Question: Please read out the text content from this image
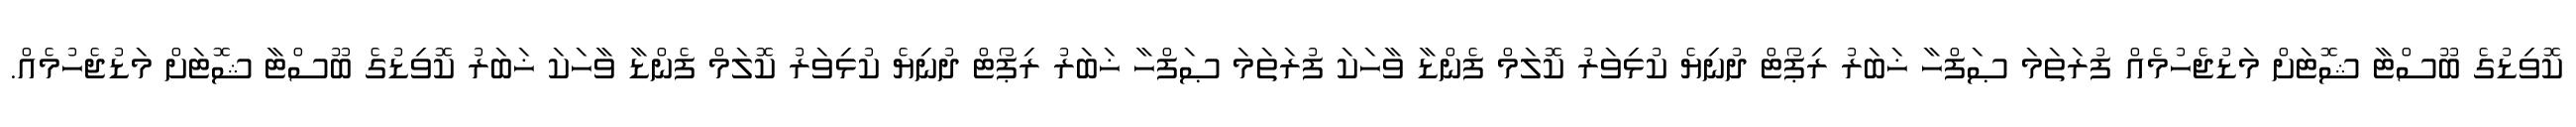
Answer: ކޮވިޑުގެ ބޫސްޓާ ޝޮޓަށް މަޑުޖެހުމެއް ފުރަތަމަ ޞަފްހާ ޚަބަރު ރިޕޯޓް ދުނިޔެ ކުޅިވަރު ކޮލަމް ފެންޑާ ވާހަކަ ފުރަތަމަ ޞަފްހާ ޚަބަރު ރިޕޯޓް ދުނިޔެ ކުޅިވަރު ކޮލަމް ފެންޑާ ވާހަކަ ޚަބަރު ކޮވިޑުގެ ބޫސްޓާ ޝޮޓަށް މަޑުޖެހުމެއް.